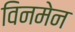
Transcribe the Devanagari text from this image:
विनमेन